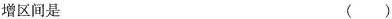
增区间是 ( )